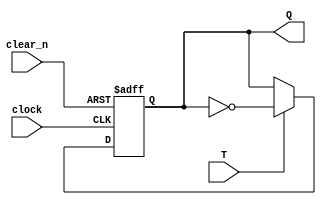
module Exercise5_9(input clock, input T, input clear_n, output reg Q);
	always@(negedge clock, negedge clear_n) begin
		if (!clear_n) begin
			Q <= 0;
		end
		else if (T) begin
			Q <= ~Q;
		end
	end
endmodule